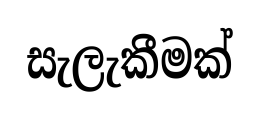
සැලැකීමක්